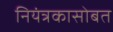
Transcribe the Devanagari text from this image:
नियंत्रकासोबत